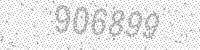
Solution: 906899